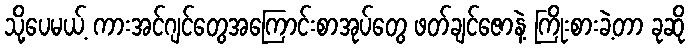
သို့ပေမယ့် ကားအင်ဂျင်တွေအကြောင်းစာအုပ်တွေ ဖတ်ချင်ဇောနဲ့ ကြိုးစားခဲ့တာ ခုဆို